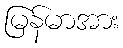
မြန်မာအား